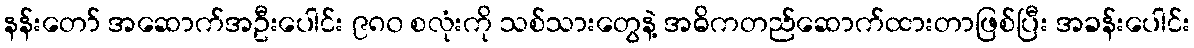
နန်းတော် အဆောက်အဦးပေါင်း ၉၈၀ စလုံးကို သစ်သားတွေနဲ့ အဓိကတည်ဆောက်ထားတာဖြစ်ပြီး အခန်းပေါင်း